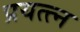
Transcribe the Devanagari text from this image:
प्रयत्त्न